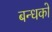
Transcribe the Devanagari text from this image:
बन्धको